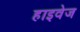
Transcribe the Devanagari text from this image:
हाइवेज